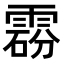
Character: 𩃼